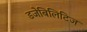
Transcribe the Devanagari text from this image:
डजेबिलिटिज